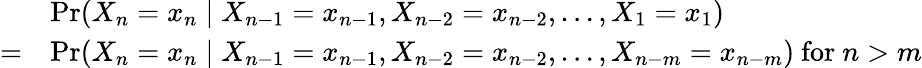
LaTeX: {\begin{array}{rl}&{\operatorname*{Pr}(X_{n}=x_{n}\mid X_{n-1}=x_{n-1},X_{n-2}=x_{n-2},\dots,X_{1}=x_{1})}\\ {=}&{\operatorname*{Pr}(X_{n}=x_{n}\mid X_{n-1}=x_{n-1},X_{n-2}=x_{n-2},\dots,X_{n-m}=x_{n-m}){\mathrm{~for~}}n>m}\end{array}}